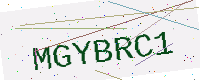
Text: MGYBRC1